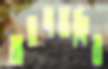
বাচনভঙ্গির